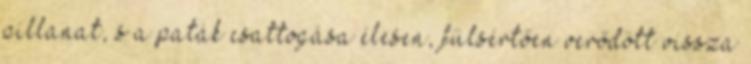
pillanat, s a paták csattogása élesen, fülsértően verődött vissza